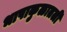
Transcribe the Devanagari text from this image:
भाषाकुळातली